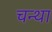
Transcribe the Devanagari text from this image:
चन्था